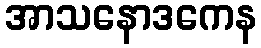
အာသနောဒကေန